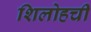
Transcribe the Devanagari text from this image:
शिलोहची